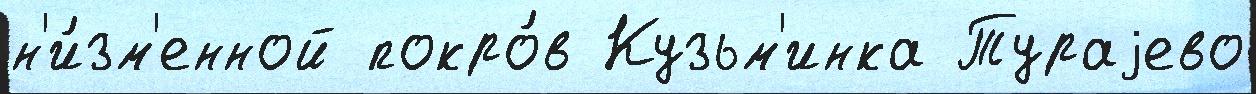
н'и́зм'енной покро́в Кузьм'инка Тураjево